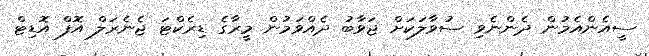
ސީއެންއެމުން ދެންނެވި ސުވާލަކަށް ޖަވާބު ދެއްވަމުން މީރާގެ ޑިރެކްޓަ ޖެނެރަލް އޮފް އޮޑިޓް